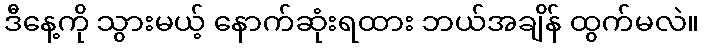
ဒီနေ့ကို သွားမယ့် နောက်ဆုံးရထား ဘယ်အချိန် ထွက်မလဲ။